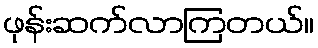
ဖုန်းဆက်လာကြတယ်။